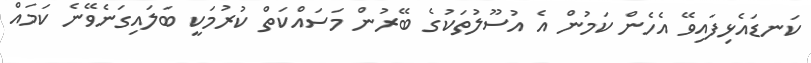
ކަނޑައެޅިފައިވޭ އެހެން ކަމުން އެ އުސޫލުތަކުގެ ބޭރުން މަސައްކަތް ކުރުމަކީ ބަލައިގަނެވޭނެ ކަމައް